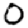
Digit: 0